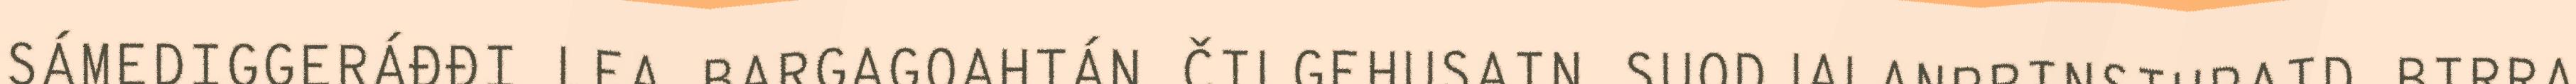
SÁMEDIGGERÁĐĐI LEA BARGAGOAHTÁN ČILGEHUSAIN SUODJALANPRINSIHPAID BIRRA